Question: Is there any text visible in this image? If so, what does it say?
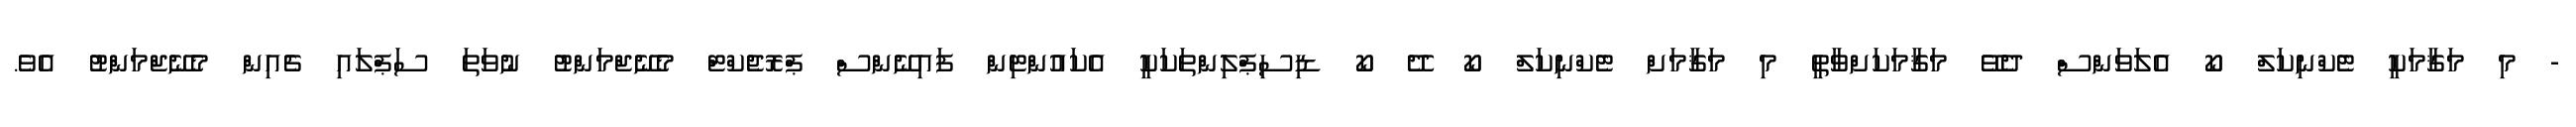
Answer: - މި މަޤާމަކީ ޓެކްނިކަލް ކޯ އެލަވަންސް ދެވޭ މަޤާމަކަށްވާތީ މި މަޤާމަށް ޓެކްނިކަލް ކޯ ދޭ ކޯ ޑިސިޕްލިންތަކަކީ އެކައުންޓިން ފައިނޭންސް ޕްރޮޖެކްޓް މެނޭޖްމަންޓު ނުވަތަ ސަޕްލައި ޗެއިން މެނޭޖްމަންޓު އެވެ.